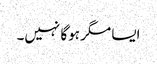
ایسا مگر ہوگا نہیں۔